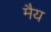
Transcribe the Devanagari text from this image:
मैय